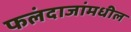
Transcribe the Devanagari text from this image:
फलंदाजांमधील